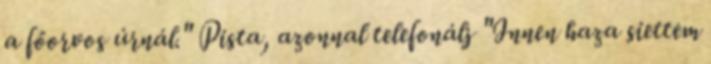
a főorvos úrnál." Pista, azonnal telefonálj "Innen haza siettem